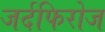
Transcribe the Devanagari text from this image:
जर्दफिरोज